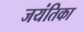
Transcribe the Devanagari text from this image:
जयंतिका